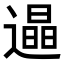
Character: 𨗏